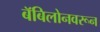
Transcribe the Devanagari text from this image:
बॅबिलोनवरून